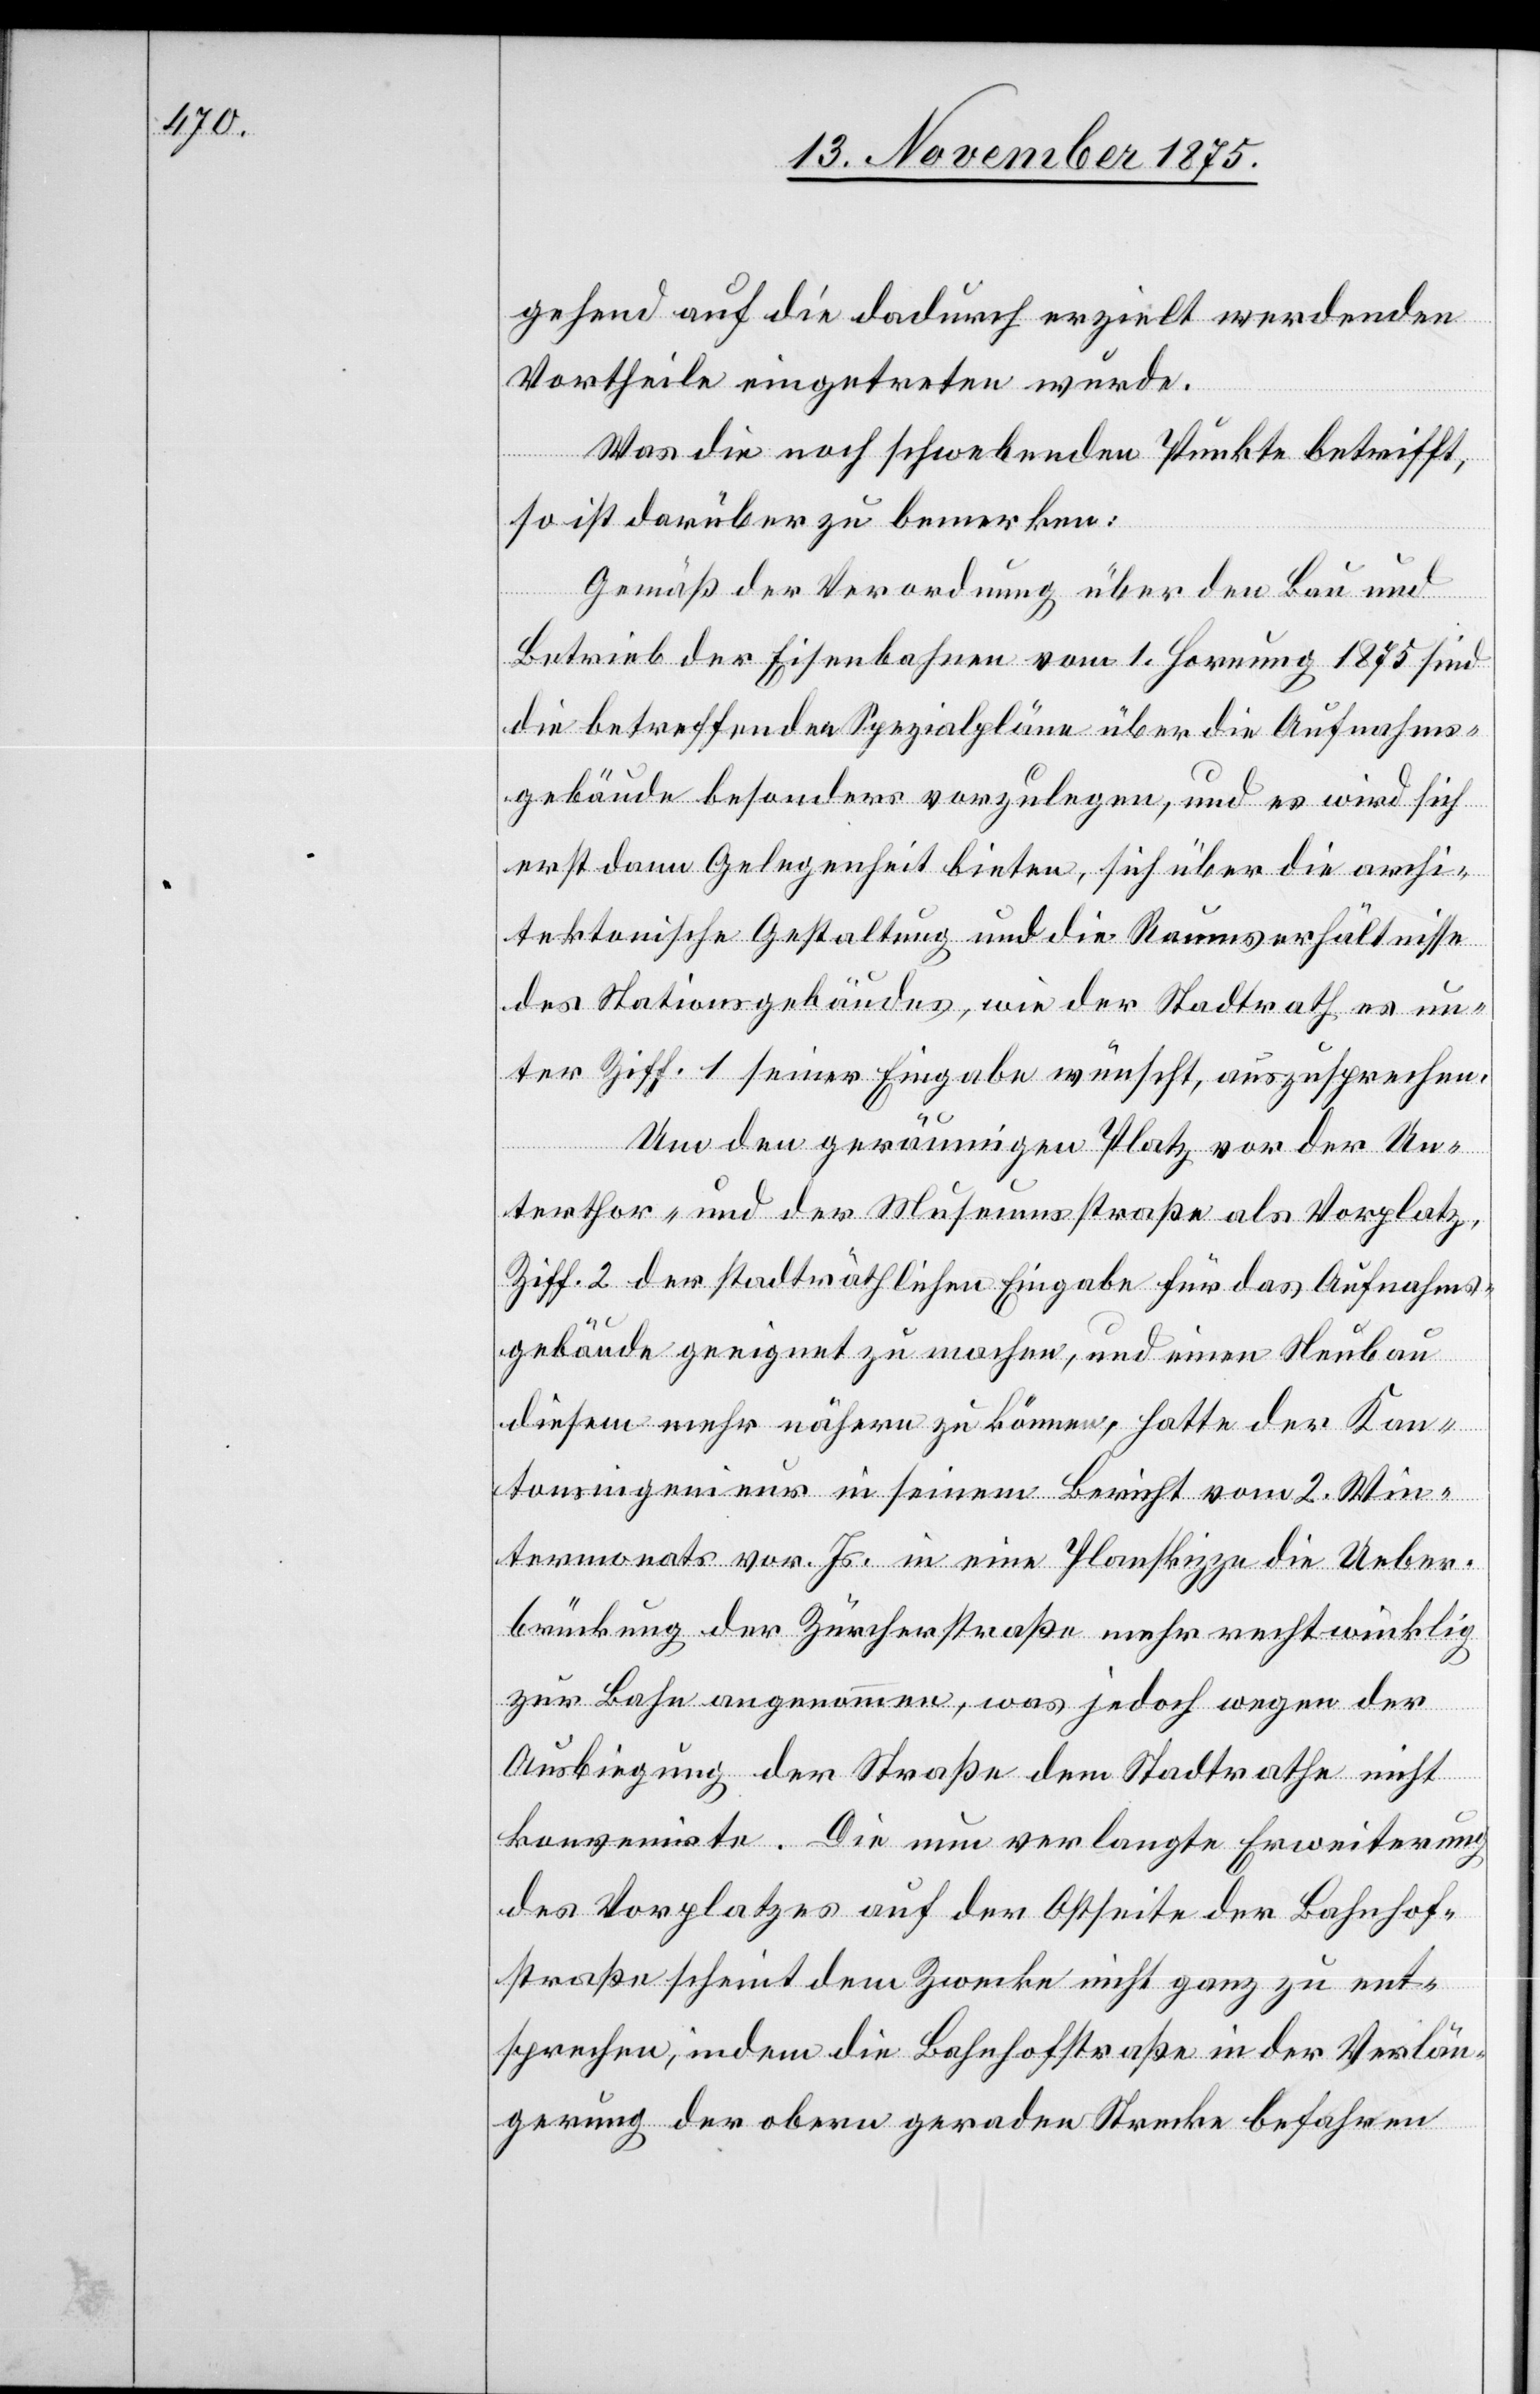
gehend auf die dadurch erzielt werdenden
Vortheile eingetreten wurde.
Was die noch schwebenden Punkte betrifft,
so ist darüber zu bemerken:
Gemäß der Verordnung über den Bau und
Betrieb der Eisenbahnen vom 1. Hornung 1875 sind
die betreffenden Spezialpläne über die Aufnahms¬
gebäude besonders vorzulegen, und es wird sich
erst dann Gelegenheit bieten, sich über die archi¬
tektonische Gestaltung und die Raumverhältnisse
des Stationsgebäudes, wie der Stadtrath es un¬
ter Ziff. 1 seiner Eingabe wünscht, auszusprechen.
Um den geräumigen Platz vor der Un¬
terthor- und der Museumsstraße als Vorplatz,
Ziff. 2 der stadträthlichen Eingabe für das Aufnahms¬
gebäude geeignet zu machen, und einen Neubau
diesem mehr nähern zu können, hatte der Kan¬
tonsingenieur in seinem Bericht vom 2. Win¬
termonats [sic!] vor. Js. in eine Planskizze die Ueber¬
brückung der Zürcherstraße mehr rechtwinklig
zur Bahn angenommen, was jedoch wegen der
Ausbiegung der Straße dem Stadtrathe nicht
konvenirte. Die nun verlangte Erweiterung
des Vorplatzes auf der Ostseite der Bahnhof¬
straße scheint dem Zwecke nicht ganz zu ent¬
sprechen, indem die Bahnhofstraße in der Verlän¬
gerung der obern geraden Strecke befahren